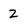
Character: Z